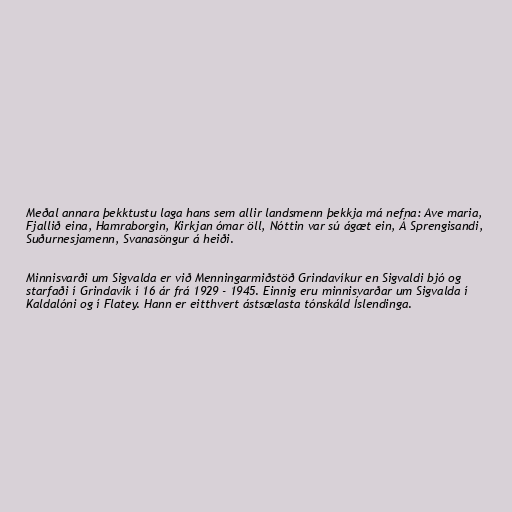
Meðal annara þekktustu laga hans sem allir landsmenn þekkja má nefna: Ave maria,
Fjallið eina, Hamraborgin, Kirkjan ómar öll, Nóttin var sú ágæt ein, Á Sprengisandi,
Suðurnesjamenn, Svanasöngur á heiði.

Minnisvarði um Sigvalda er við Menningarmiðstöð Grindavíkur en Sigvaldi bjó og
starfaði í Grindavík í 16 ár frá 1929 - 1945. Einnig eru minnisvarðar um Sigvalda í
Kaldalóni og í Flatey. Hann er eitthvert ástsælasta tónskáld Íslendinga.